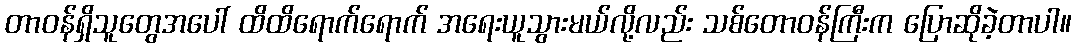
တာဝန်ရှိသူတွေအပေါ် ထိထိရောက်ရောက် အရေးယူသွားမယ်လို့လည်း သစ်တောဝန်ကြီးက ပြောဆိုခဲ့တာပါ။